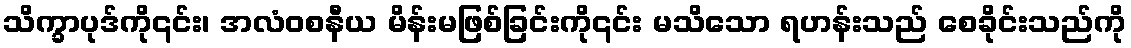
သိက္ခာပုဒ်ကို၎င်း၊ အလံဝစနီယ မိန်းမဖြစ်ခြင်းကို၎င်း မသိသော ရဟန်းသည် စေခိုင်းသည်ကို